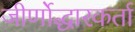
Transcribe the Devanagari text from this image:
जीर्णोद्धारकर्ता